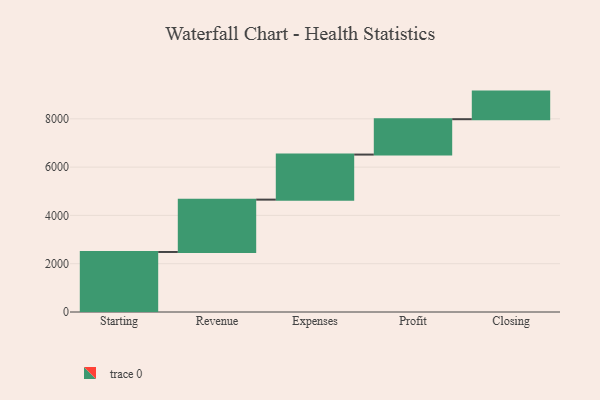
{"axis": {"x": "Step", "y": "Value"}, "legend": [""], "data": [{"x": "Starting", "y": 2486.0, "type": ""}, {"x": "Revenue", "y": 2168.0, "type": ""}, {"x": "Expenses", "y": 1866.0, "type": ""}, {"x": "Profit", "y": 1465.0, "type": ""}, {"x": "Closing", "y": 1143.0, "type": ""}]}